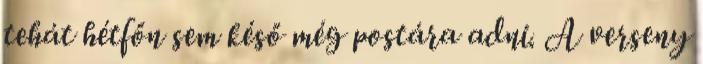
tehát hétfőn sem késő még postára adni. A verseny